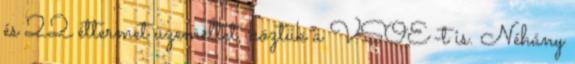
és 22 éttermet üzemeltet, köztük a VSOE-t is. Néhány